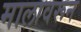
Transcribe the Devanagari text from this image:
मालावरून